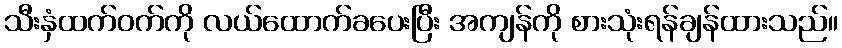
သီးနှံထက်ဝက်ကို လယ်ထောက်ခပေးပြီး အကျန်ကို စားသုံးရန်ချန်ထားသည်။